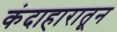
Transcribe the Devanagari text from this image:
कंदाहारातून